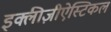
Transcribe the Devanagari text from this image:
इक्लीज़ीऐस्टिकल